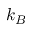
k _ { B }